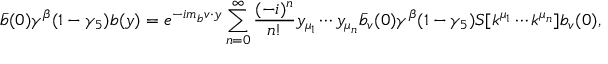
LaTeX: \bar { b } ( 0 ) \gamma ^ { \beta } ( 1 - \gamma _ { 5 } ) b ( y ) = e ^ { - i m _ { b } v \cdot y } \sum _ { n = 0 } ^ { \infty } \frac { ( - i ) ^ { n } } { n ! } y _ { \mu _ { 1 } } \cdots y _ { \mu _ { n } } \bar { b } _ { v } ( 0 ) \gamma ^ { \beta } ( 1 - \gamma _ { 5 } ) { \cal S } [ k ^ { \mu _ { 1 } } \cdots k ^ { \mu _ { n } } ] b _ { v } ( 0 ) ,